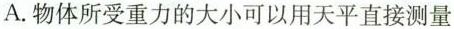
A.物体所受重力的大小可以用天平直接测量